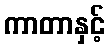
ကာတာနှင့်